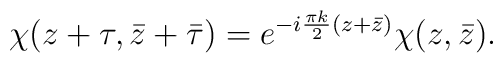
\chi(z+\tau,\bar{z}+\bar{\tau})=e^{-i\frac{\pi k}{2}(z+\bar{z})}\chi(z,\bar{z}).